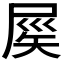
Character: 𡲑